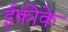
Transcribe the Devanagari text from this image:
ईकीके